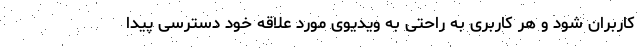
کاربران شود و هر کاربری به راحتی به ویدیوی مورد علاقه خود دسترسی پیدا